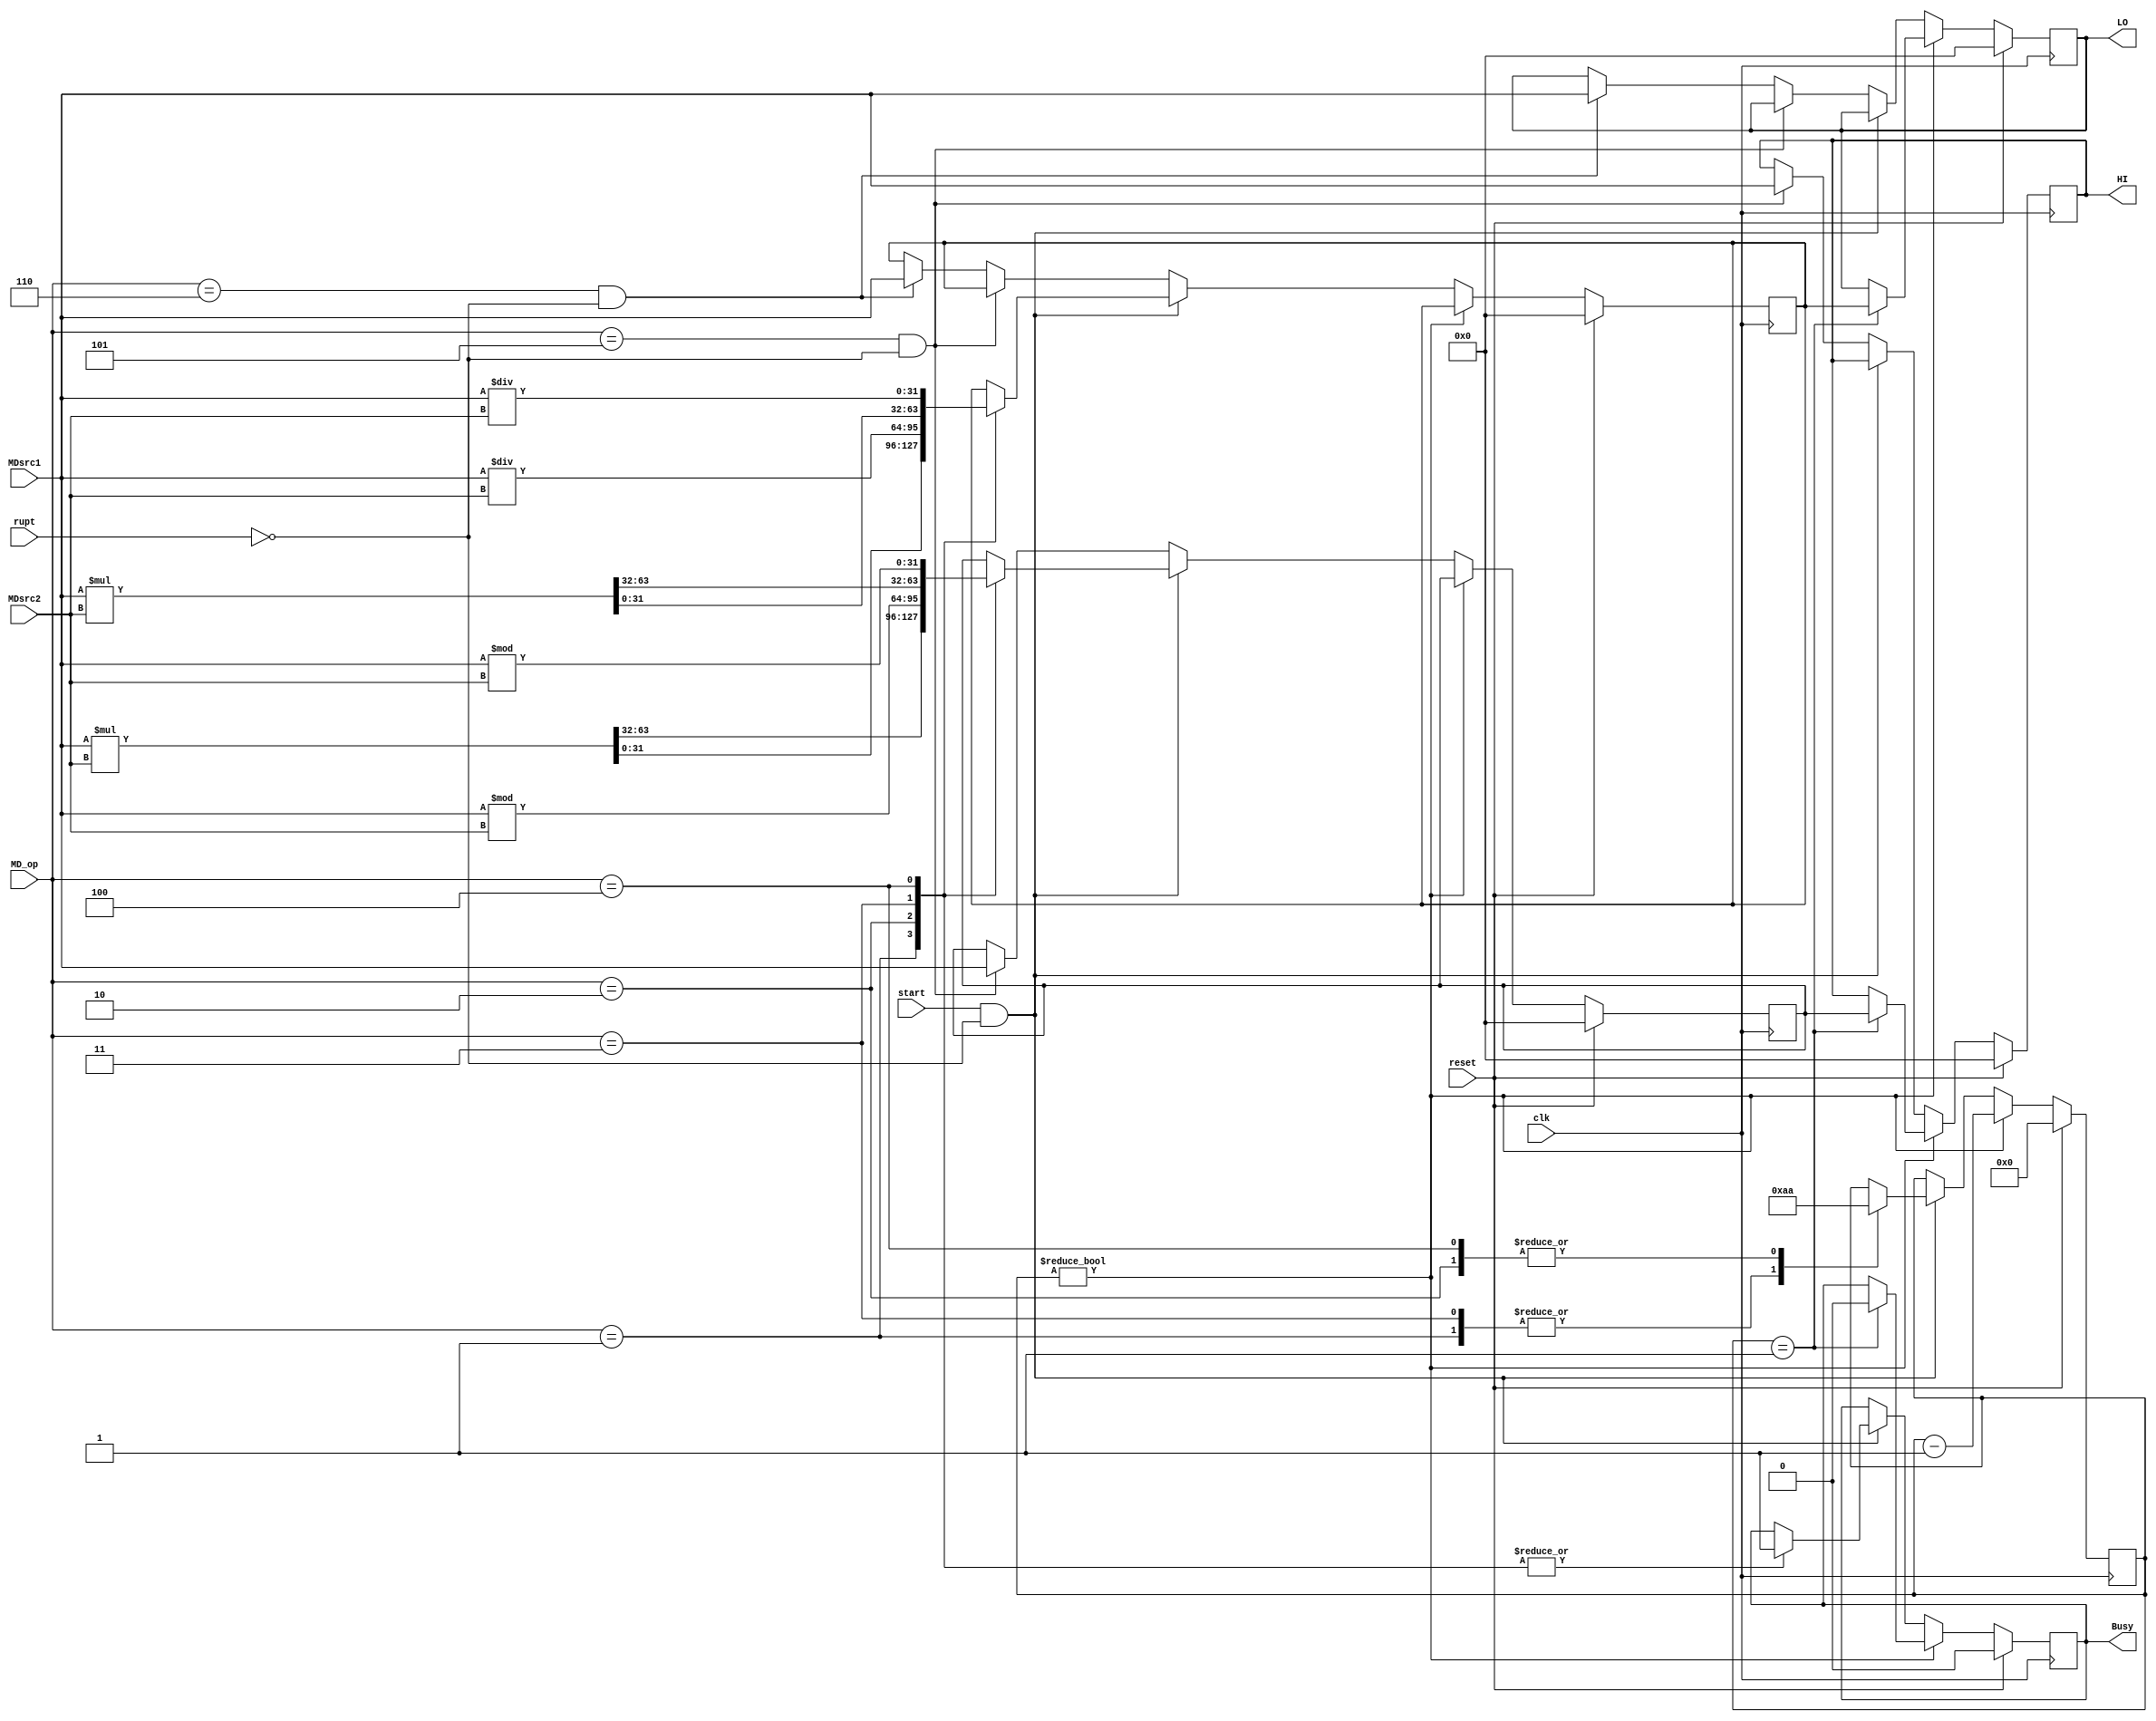
`timescale 1ns / 1ps
//////////////////////////////////////////////////////////////////////////////////
// Company: 
// Engineer: 
// 
// Design Name: 
// Module Name:    MD_module 
// Project Name: 
// Target Devices: 
// Tool versions: 
// Description: 
//
// Dependencies: 
//
// Revision: 
// Revision 0.01 - File Created
// Additional Comments: 
//
//////////////////////////////////////////////////////////////////////////////////
module MD_module(
    input [31:0] MDsrc1,
    input [31:0] MDsrc2,
    input [2:0] MD_op,
	 input start,
	 input clk,
	 input reset,
	 input rupt,
    output reg Busy,
    output reg [31:0] HI,
    output reg [31:0] LO
    );
	
	reg [31:0] HI_reg,LO_reg;
	reg [4:0] counter;
	
	initial begin
		HI_reg = 0;
		LO_reg = 0;
		HI = 0;
		LO = 0;
		Busy = 0;
		counter = 0;
	end
	
	always @(posedge clk)begin
		if(reset == 1)begin
			HI_reg = 0;
			LO_reg = 0;
			HI = 0;
			LO = 0;
			Busy = 0;
			counter = 0;
		end
		else if(counter != 0)begin
			if(counter == 1)begin
				Busy = 0;
				LO = LO_reg;
				HI = HI_reg;
			end
			counter = counter - 5'b1;
		end
		else if(start == 1&&rupt!=1)begin
			case(MD_op)
			1:begin
				{HI_reg,LO_reg} = MDsrc1*MDsrc2;
				counter = 5;
				Busy = 1;
			end
			2:begin
				LO_reg = MDsrc1/MDsrc2;
				HI_reg = MDsrc1%MDsrc2;
				counter = 10;
				Busy = 1;
			end
			3:begin
				{HI_reg,LO_reg} = $signed(MDsrc1)*$signed(MDsrc2);
				counter = 5;
				Busy = 1;
			end
			4:begin
				LO_reg = $signed(MDsrc1)/$signed(MDsrc2);
				HI_reg = $signed(MDsrc1)%$signed(MDsrc2);
				counter = 10;
				Busy = 1;
			end
			endcase
		end
		else if(MD_op == 5&&rupt!=1)begin
			HI_reg = MDsrc1;
			HI = MDsrc1;
		end
		else if(MD_op == 6&&rupt!=1)begin
			LO_reg = MDsrc1;
			LO = MDsrc1;
		end
	end
endmodule